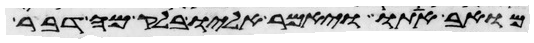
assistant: מואב אתו ויאמר אליו בלק מה דבר